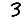
Digit: 3